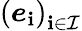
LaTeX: \left(\boldsymbol{e}_{\mathbf{i}}\right)_{\mathbf{i}\in\mathcal{{I}}}